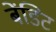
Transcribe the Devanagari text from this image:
बेंडिट